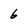
Character: 6